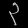
Digit: ၃